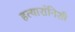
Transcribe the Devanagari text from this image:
हत्यारांनिशी